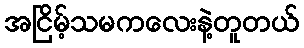
အငြိမ့်သမကလေးနဲ့တူတယ်